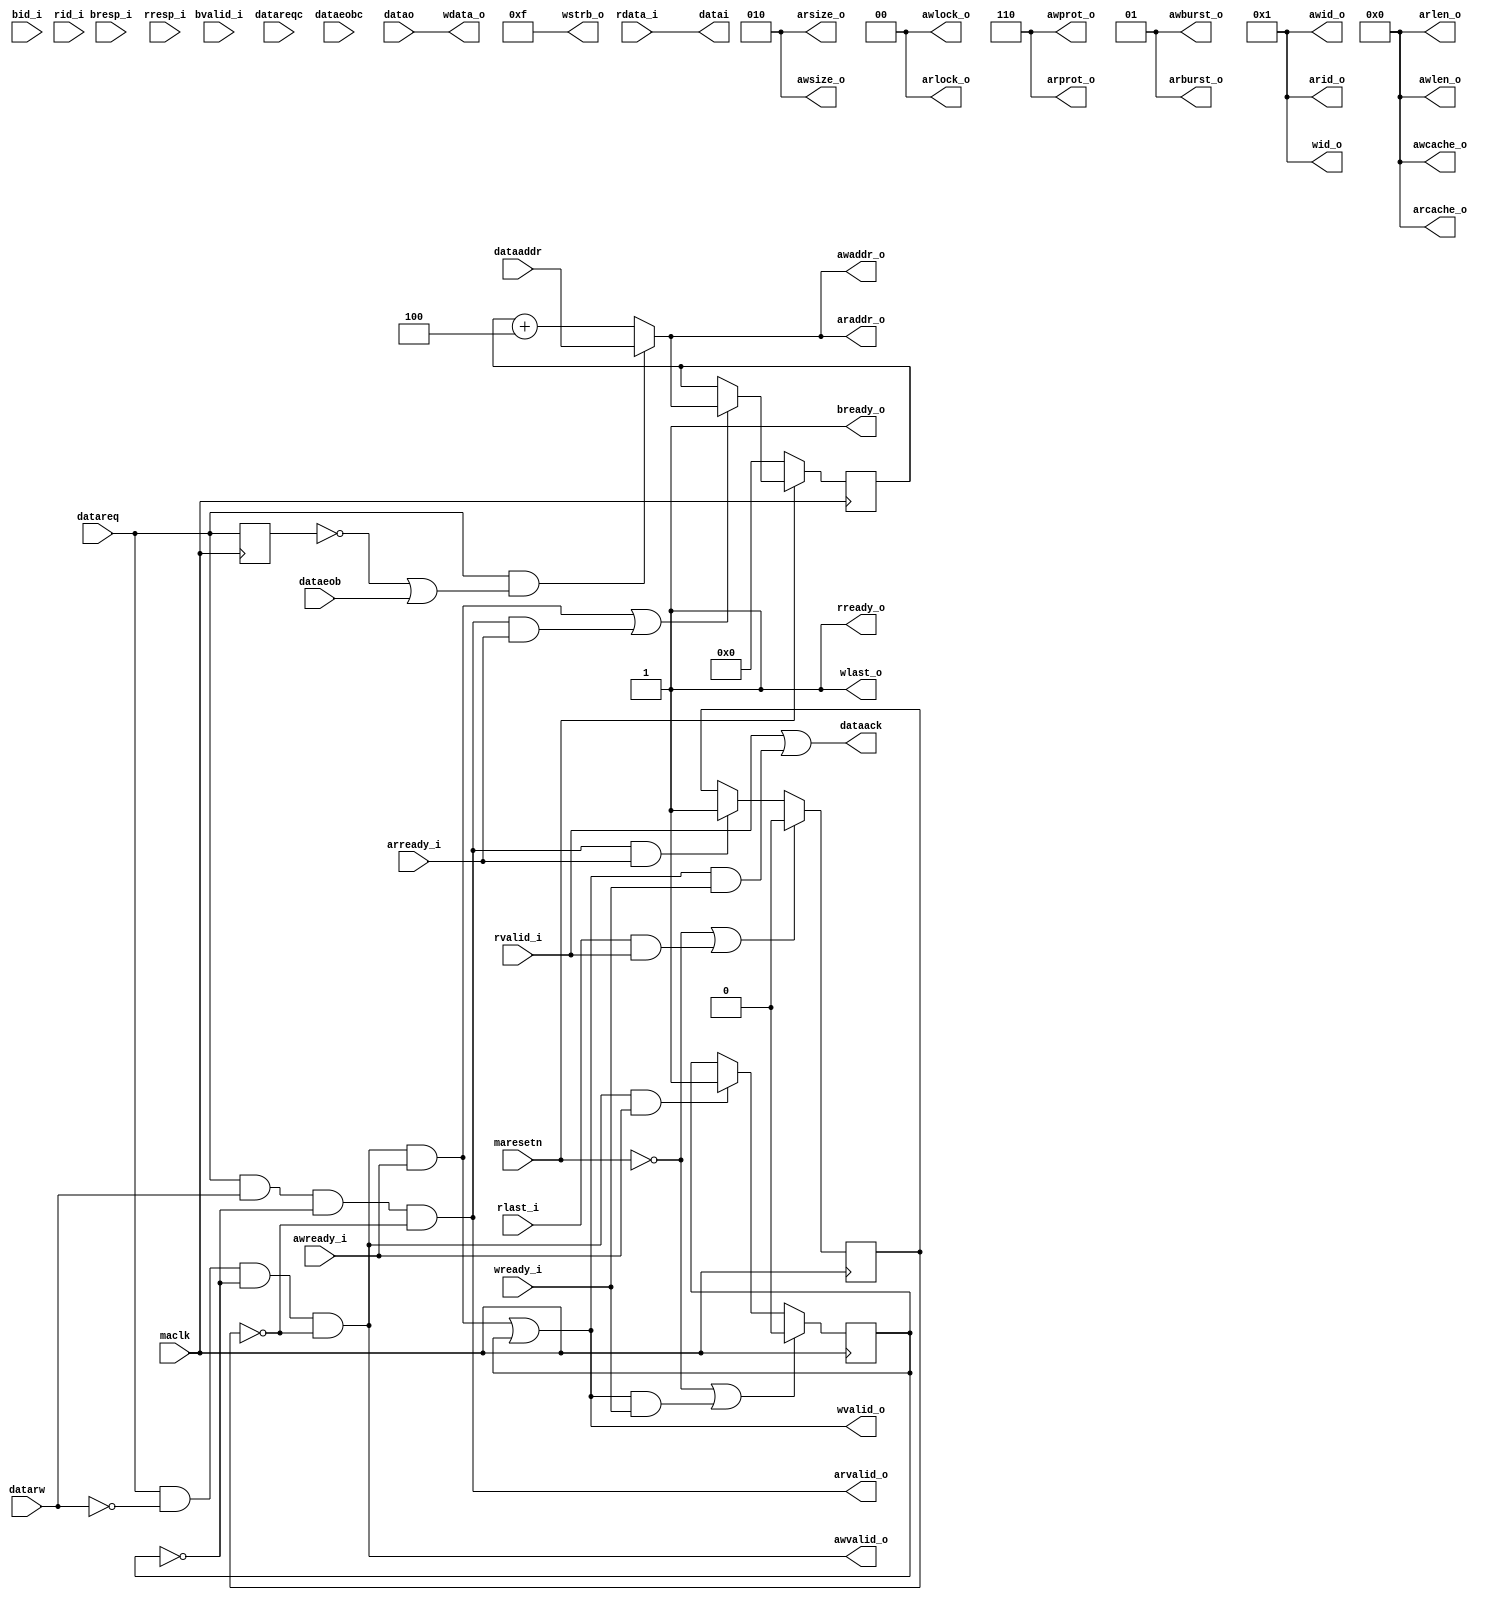
/*------------------------------------------------------------------------------
--------------------------------------------------------------------------------
Copyright (c) 2016, Loongson Technology Corporation Limited.

All rights reserved.

Redistribution and use in source and binary forms, with or without modification,
are permitted provided that the following conditions are met:

1. Redistributions of source code must retain the above copyright notice, this 
list of conditions and the following disclaimer.

2. Redistributions in binary form must reproduce the above copyright notice, 
this list of conditions and the following disclaimer in the documentation and/or
other materials provided with the distribution.

3. Neither the name of Loongson Technology Corporation Limited nor the names of 
its contributors may be used to endorse or promote products derived from this 
software without specific prior written permission.

THIS SOFTWARE IS PROVIDED BY THE COPYRIGHT HOLDERS AND CONTRIBUTORS "AS IS" AND 
ANY EXPRESS OR IMPLIED WARRANTIES, INCLUDING, BUT NOT LIMITED TO, THE IMPLIED 
WARRANTIES OF MERCHANTABILITY AND FITNESS FOR A PARTICULAR PURPOSE ARE 
DISCLAIMED. IN NO EVENT SHALL LOONGSON TECHNOLOGY CORPORATION LIMITED BE LIABLE
TO ANY PARTY FOR DIRECT, INDIRECT, INCIDENTAL, SPECIAL, EXEMPLARY, OR 
CONSEQUENTIAL DAMAGES (INCLUDING, BUT NOT LIMITED TO, PROCUREMENT OF SUBSTITUTE 
GOODS OR SERVICES; LOSS OF USE, DATA, OR PROFITS; OR BUSINESS INTERRUPTION) 
HOWEVER CAUSED AND ON ANY THEORY OF LIABILITY, WHETHER IN CONTRACT, STRICT 
LIABILITY, OR TORT (INCLUDING NEGLIGENCE OR OTHERWISE) ARISING IN ANY WAY OUT OF
THE USE OF THIS SOFTWARE, EVEN IF ADVISED OF THE POSSIBILITY OF SUCH DAMAGE.
--------------------------------------------------------------------------------
------------------------------------------------------------------------------*/

module MACDATA2AXI (
  maclk               ,   
  maresetn            ,

  awid_o              ,
  awaddr_o            ,
  awlen_o             ,
  awsize_o            ,
  awburst_o           ,
  awlock_o            ,
  awcache_o           ,
  awprot_o            ,
  awvalid_o           ,
  awready_i           ,
  wid_o               ,
  wdata_o             ,
  wstrb_o             ,
  wlast_o             ,
  wvalid_o            ,
  wready_i            ,
  bid_i               ,
  bresp_i             ,
  bvalid_i            ,
  bready_o            ,
  arid_o              ,
  araddr_o            ,
  arlen_o             ,
  arsize_o            ,
  arburst_o           ,
  arlock_o            ,
  arcache_o           ,
  arprot_o            ,
  arvalid_o           ,
  arready_i           ,
  rid_i               ,
  rdata_i             ,
  rresp_i             ,
  rlast_i             ,
  rvalid_i            ,
  rready_o            ,
  datareq             , 
  datareqc            , 
  datarw              , 
  dataeob             , 
  dataeobc            , 
  dataaddr            , 
  datao               , 
  dataack             , 
  datai
  );

  parameter MAXIDATAWIDTH     = 32;
  parameter MAXIADDRESSWIDTH  = 32;
  parameter MACDATAWIDTH      = 32;
  parameter MACADDRESSWIDTH   = 32;


input maclk;
input maresetn;
output  [  3:0] awid_o              ;
output  [ 31:0] awaddr_o            ;
output  [  3:0] awlen_o             ;
output  [  2:0] awsize_o            ;
output  [  1:0] awburst_o           ;
output  [  1:0] awlock_o            ;
output  [  3:0] awcache_o           ;
output  [  2:0] awprot_o            ;
output          awvalid_o           ;
input           awready_i           ;
output  [  3:0] wid_o               ;
output  [ 31:0] wdata_o             ;
output  [  3:0] wstrb_o             ;
output          wlast_o             ;
output          wvalid_o            ;
input           wready_i            ;
input   [  3:0] bid_i               ;
input   [  1:0] bresp_i             ;
input           bvalid_i            ;
output          bready_o            ;
output  [  3:0] arid_o              ;
output  [ 31:0] araddr_o            ;
output  [  3:0] arlen_o             ;
output  [  2:0] arsize_o            ;
output  [  1:0] arburst_o           ;
output  [  1:0] arlock_o            ;
output  [  3:0] arcache_o           ;
output  [  2:0] arprot_o            ;
output          arvalid_o           ;
input           arready_i           ;
input   [  3:0] rid_i               ;
input   [ 31:0] rdata_i             ;
input   [  1:0] rresp_i             ;
input           rlast_i             ;
input           rvalid_i            ;
output          rready_o            ;                 


input     datareq; 
input     datareqc; 
input     datarw; 
input     dataeob; 
input     dataeobc; 
input     [MACADDRESSWIDTH - 1:0] dataaddr; 
input     [MACDATAWIDTH - 1:0] datao; 
output    dataack; 
wire      dataack;
output    [MACDATAWIDTH - 1:0] datai; 
wire      [MACDATAWIDTH - 1:0] datai;


assign arid_o           = 4'h1;
assign arsize_o         = 3'b010;
assign arlen_o          = 4'b0000;
assign arburst_o        = 2'b01;
assign arlock_o         = 2'b00;
assign arcache_o        = 4'b0000;
assign arprot_o         = 3'b110;

reg isWriting;
reg isReading;

always @(posedge maclk)
begin
   if (!maresetn || (wlast_o && wvalid_o && wready_i))
   begin
      isWriting <= 1'b0;
   end
   else if (awvalid_o && awready_i)
   begin
      isWriting <= 1'b1;
   end
end

always @(posedge maclk)
begin
   if (!maresetn || (rlast_i && rvalid_i && rready_o))
   begin
      isReading <= 1'b0;
   end
   else if (arvalid_o && arready_i)
   begin
      isReading <= 1'b1;
   end
end

reg  [MACADDRESSWIDTH-1:0] dataAddr_c_r;
wire [MACADDRESSWIDTH-1:0] dataAddr_c;
wire dataAddr_sel;
reg dataReq_r;

always @(posedge maclk)
begin
   dataReq_r  <= datareq;
end

wire dataAddr_c_r_en;
assign dataAddr_c_r_en = (awvalid_o & awready_i) |
                         (arvalid_o & arready_i);
always @(posedge maclk)
begin
   if (!maresetn)
   begin
      dataAddr_c_r <= 32'd0;
   end
   else if ( dataAddr_c_r_en)
   begin
      dataAddr_c_r <= dataAddr_c;
   end
end

assign dataAddr_sel = datareq & (~dataReq_r | dataeob); 
assign dataAddr_c = dataAddr_sel ? dataaddr : dataAddr_c_r+3'b100; 

wire   arvalid;
assign arvalid = datareq & datarw & ~isWriting & ~isReading;

assign araddr_o     = dataAddr_c;
assign arvalid_o    = arvalid;

assign rready_o = 1'b1;
assign datai    = rdata_i;
wire readDataAck;
assign readDataAck  = rvalid_i & rready_o;

assign awid_o           = 4'h1;
assign awsize_o         = 3'b010;
assign awlen_o          = 4'b0000;
assign awburst_o        = 2'b01;
assign awlock_o         = 2'b00;
assign awcache_o        = 4'b0000;
assign awprot_o         = 3'b110;

wire   awvalid;
assign awvalid = datareq & ~datarw & ~isWriting & ~isReading;

assign awvalid_o = awvalid;
assign awaddr_o  = dataAddr_c;

wire        wvalid;
assign  wid_o       = 4'h1;
assign  wlast_o     = 1'b1;
assign  wdata_o     = datao;
assign  wstrb_o     = 4'b1111;

assign wvalid = (awvalid_o & awready_i) | isWriting;
assign  wvalid_o    = wvalid;

wire writeDataAck;
assign writeDataAck = wvalid & wready_i;

assign  bready_o    = 1'b1;

assign  dataack    = readDataAck |  writeDataAck;

endmodule